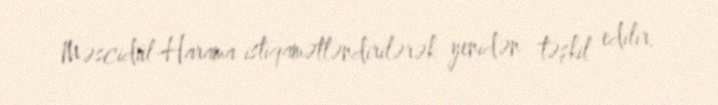
Məscidül-Harama istiqamətləndirilərək yenidən təşkil edilir.